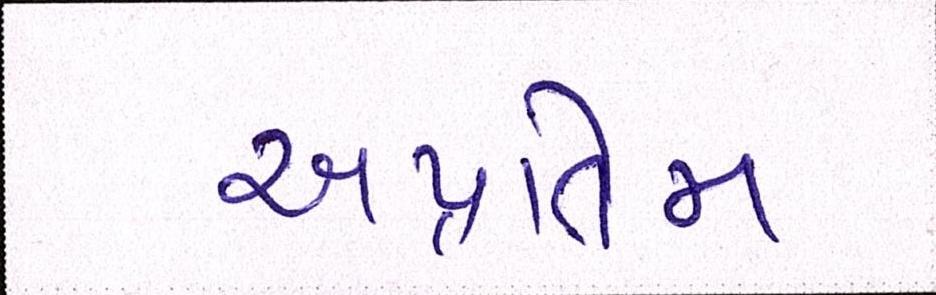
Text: અપ્રતિમ